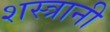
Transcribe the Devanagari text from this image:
शस्त्रानी